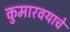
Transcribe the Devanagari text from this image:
कुमारवयाचे